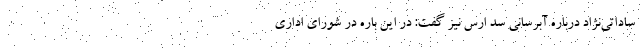
ساداتی‌نژاد درباره آبرسانی سد ارس نیز گفت: در این باره در شورای اداری